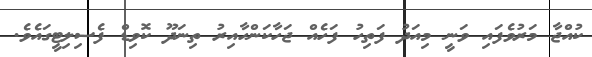
ކުއްޖާ މަރުވެފައި ވަނީ މިއަދު ފަތިހު ފަހެއް ޖަހާކަންހާއިރު ތިނަދޫ ކޮވިޑް ފެސިލިޓީގައެވެ.